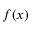
f ( x )